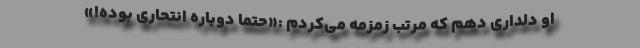
او دلداری دهم که مرتب زمزمه می‌کردم :«حتماً دوباره انتحاری بوده!»